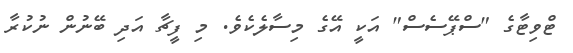
ޓްވިޓާގެ "ސްޕޭސެސް" އަކީ އޭގެ މިސާލެކެވެ. މި ފީޗާ އަދި ބޭނުން ނުކުރާ